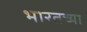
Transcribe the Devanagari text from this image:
भारतच्या